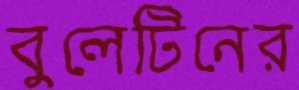
বুলেটিনের